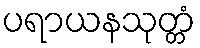
ပရာယနသုတ္တံ